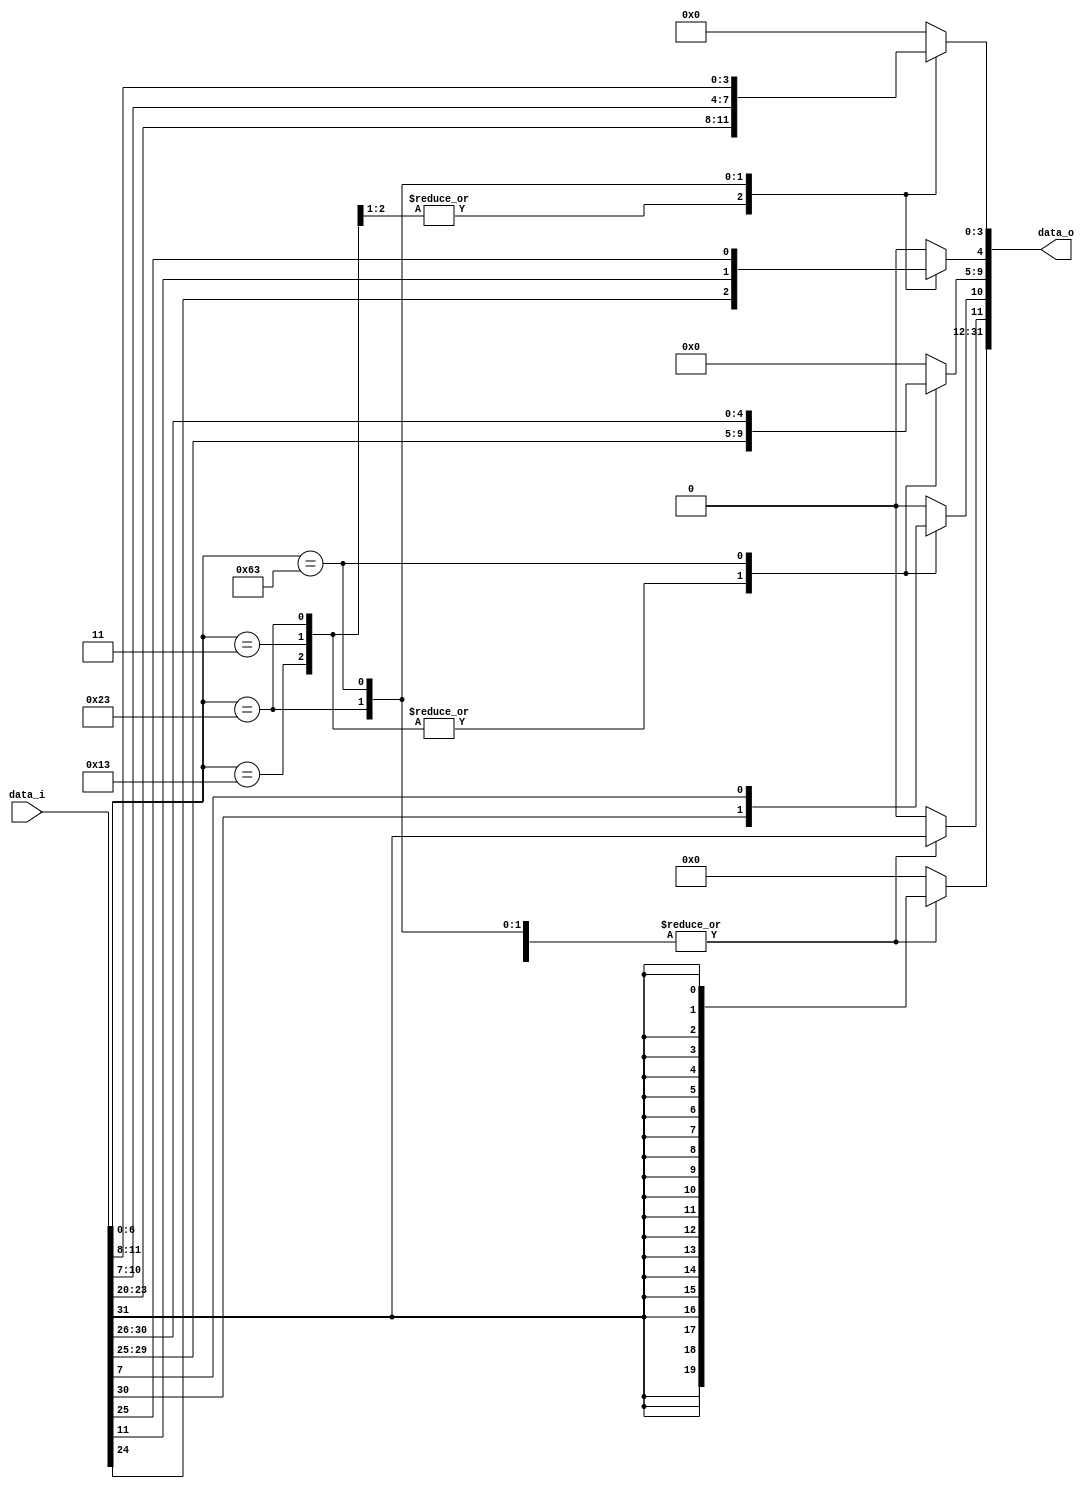
`define R       7'b0110011
`define I_Imm   7'b0010011
`define I_lw    7'b0000011
`define S       7'b0100011
`define SB      7'b1100011

module Sign_Extend(
    data_i,
    data_o
);

//Ports
input   [31:0] data_i;
output  [31:0] data_o;
reg     [31:0] data_o;

always @(*) begin
    case(data_i[6:0])
        `R: begin
            data_o[31:0]  = 32'b0;
        end

        `I_Imm: begin
            data_o[31:0] = {{20{data_i[31]}},data_i[31:20]};
        end

        `I_lw: begin
            data_o[31:0] = {{20{data_i[31]}},data_i[31:20]};
        end

        `S: begin
            data_o[31:12] = {20{data_i[31]}};
			data_o[11:5] = data_i[31:25];
			data_o[4:0] = data_i[11:7];
        end

        `SB: begin
            data_o[31:11] = {21{data_i[31]}};
			data_o[10] = data_i[7];
			data_o[9:4] = data_i[30:25];
			data_o[3:0] = data_i[11:8];
        end
        default: data_o[31:0]  = 32'b0;
    endcase
end

endmodule